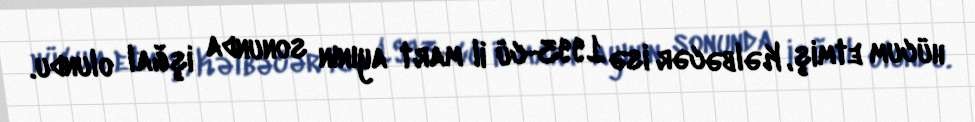
hücum etmiş, Kəlbəcər isə 1993-cü il mart ayının sonunda işğal olundu.